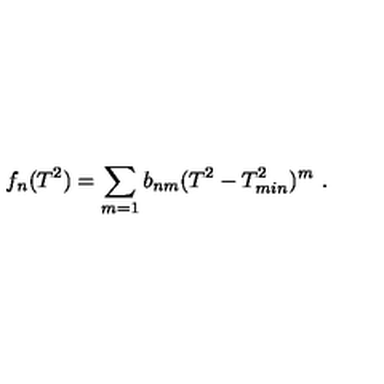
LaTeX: f _ { n } ( T ^ { 2 } ) = \sum _ { m = 1 } b _ { n m } ( T ^ { 2 } - T _ { m i n } ^ { 2 } ) ^ { m } \ .